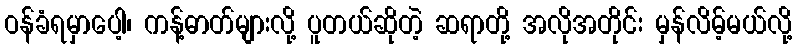
ဝန်ခံရမှာပေါ့၊ ကန့်ဓာတ်များလို့ ပူတယ်ဆိုတဲ့ ဆရာတို့ အလိုအတိုင်း မှန်လိမ့်မယ်လို့